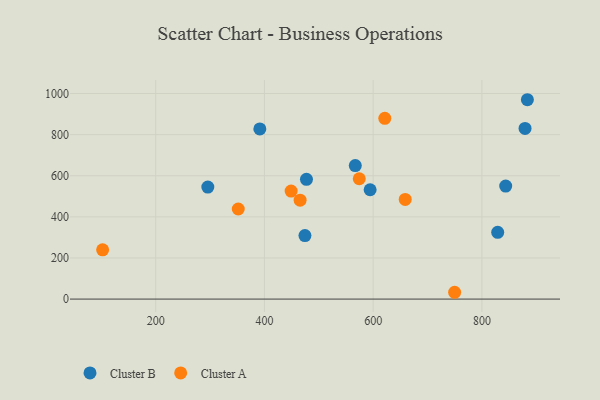
{"axis": {"x": "Speed", "y": "Salary"}, "legend": ["Cluster A", "Cluster B"], "data": [{"x": "594.4", "y": 531.8, "type": "Cluster B"}, {"x": "843.8", "y": 549.7, "type": "Cluster B"}, {"x": "567.1", "y": 649.4, "type": "Cluster B"}, {"x": "829.1", "y": 325.0, "type": "Cluster B"}, {"x": "474.5", "y": 309.1, "type": "Cluster B"}, {"x": "883.7", "y": 969.9, "type": "Cluster B"}, {"x": "879.4", "y": 830.2, "type": "Cluster B"}, {"x": "295.8", "y": 544.8, "type": "Cluster B"}, {"x": "391.5", "y": 827.6, "type": "Cluster B"}, {"x": "477.3", "y": 582.5, "type": "Cluster B"}, {"x": "465.6", "y": 481.0, "type": "Cluster A"}, {"x": "659.0", "y": 484.7, "type": "Cluster A"}, {"x": "749.9", "y": 33.1, "type": "Cluster A"}, {"x": "351.8", "y": 438.2, "type": "Cluster A"}, {"x": "574.4", "y": 585.4, "type": "Cluster A"}, {"x": "621.4", "y": 879.6, "type": "Cluster A"}, {"x": "102.3", "y": 239.8, "type": "Cluster A"}, {"x": "449.1", "y": 525.3, "type": "Cluster A"}]}